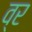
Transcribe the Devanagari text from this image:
व्र